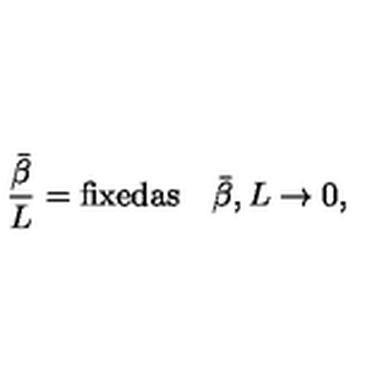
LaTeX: { \frac { \bar { \beta } } { L } } = \mathrm { f i x e d a s } \quad { \bar { \beta } } , L \rightarrow 0 ,